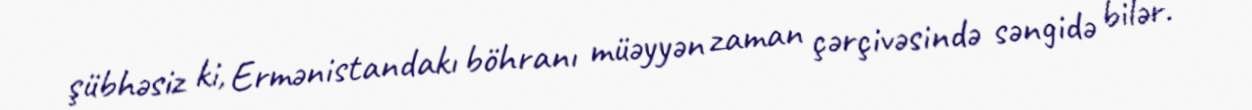
şübhəsiz ki, Ermənistandakı böhranı müəyyən zaman çərçivəsində səngidə bilər.